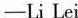
-Li Lei